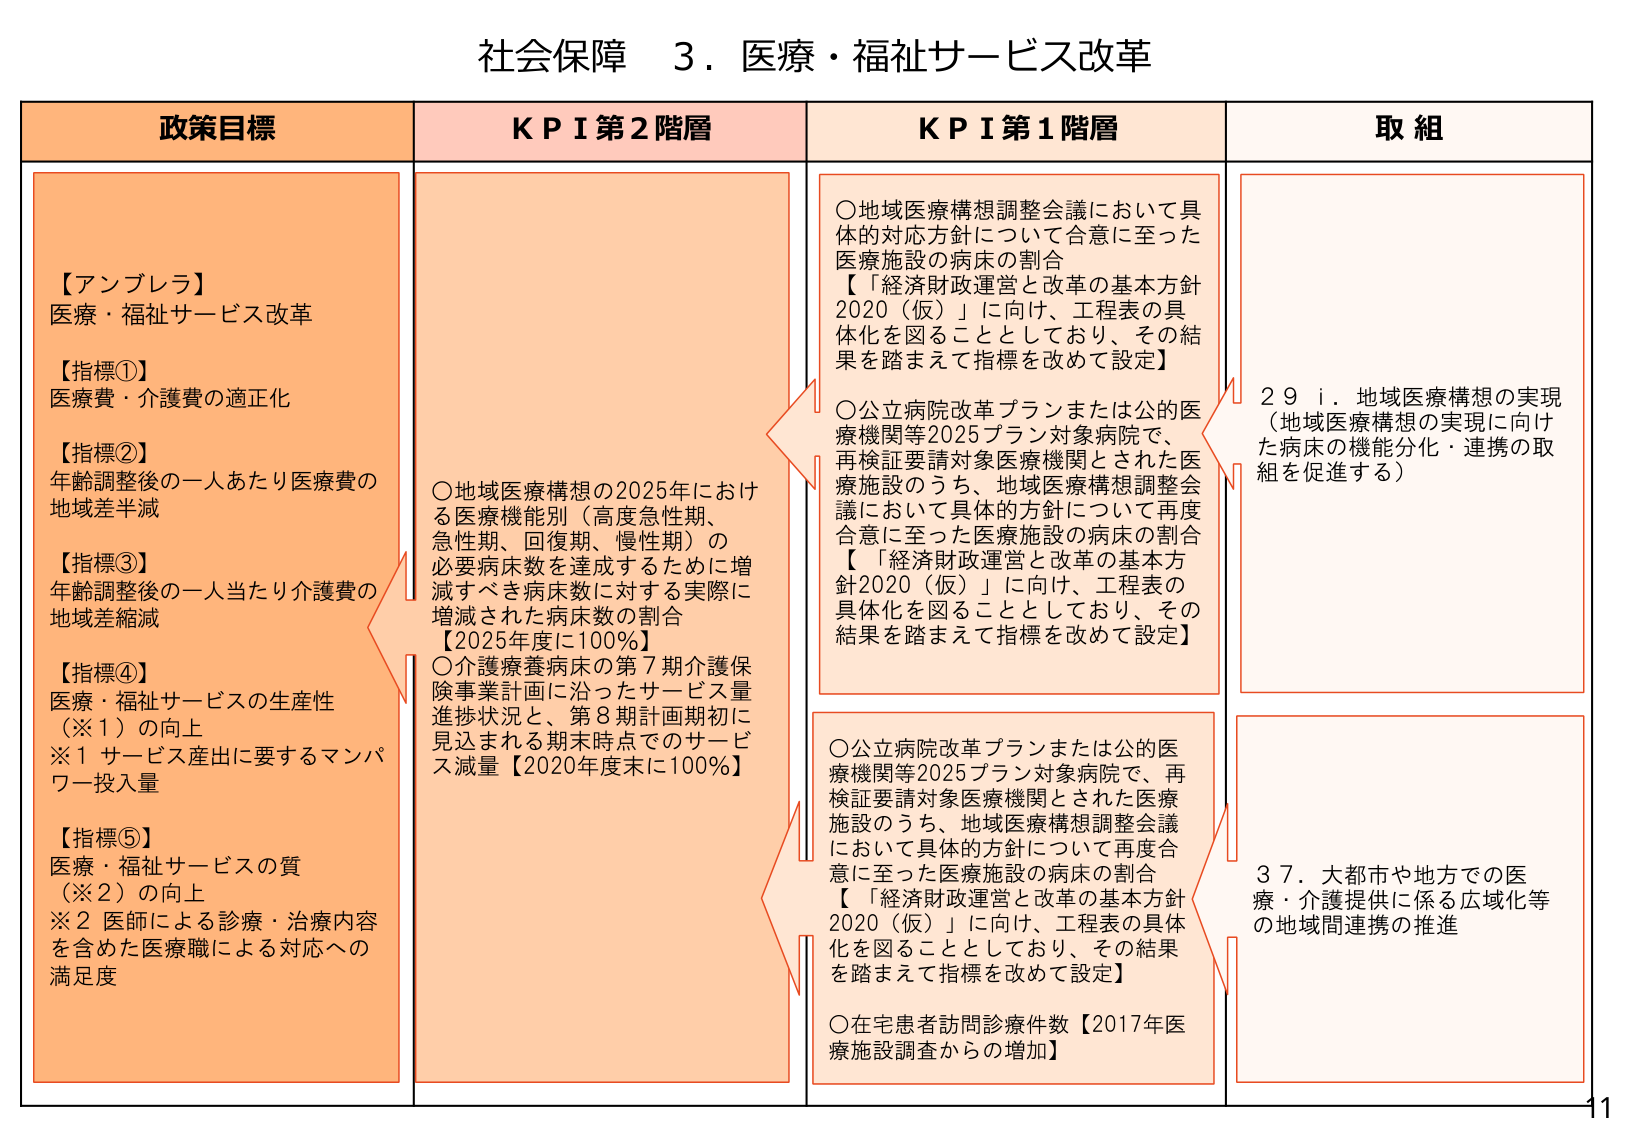
社会保障 3．医療・福祉サービス改革

政策目標
【アンブレラ】
医療・福祉サービス改革
【指標①】
医療費・介護費の適正化
【指標②】
年齢調整後の一人あたり医療費の
地域差半減
【指標③】
年齢調整後の一人当たり介護費の
地域差縮減
【指標④】
医療・福祉サービスの生産性
（※1）の向上
※1 サービス産出に要するマンパ
ワー投入量
【指標⑤】
医療・福祉サービスの質
（※2）の向上
※2 医師による診療・治療内容
を含めた医療職による対応への
満足度

KPI第2階層
○地域医療構想の2025年における
医療機能別（高度急性期、
急性期、回復期、慢性期）の
必要病床数を達成するために増
減すべき病床数に対する実際に
増減された病床数の割合
【2025年度で100％】
○介護療養病床の第7期介護保
険事業計画に沿ったサービス量
進捗状況と、第8期計画期初に
見込まれる期末時点でのサービ
ス減量【2020年度末で100％】

KPI第1階層
○地域医療構想調整会議において具
体的対応方針について合意に至った
医療施設の病床の割合
【「経済財政運営と改革の基本方針
2020（仮）」に向け、工程表の具
体化を図ることとしており、その結
果を踏まえて指標を改めて設定】
○公立病院改革プランまたは公的医
療機関等2025プラン対象病院で、
再検証要請対象医療機関とされた医
療施設のうち、地域医療構想調整会
議において具体的方針について再度合
意に至った医療施設の病床の割合
【「経済財政運営と改革の基本方針
2020（仮）」に向け、工程表の具体
化を図ることとしており、その結果
を踏まえて指標を改めて設定】
○公立病院改革プランまたは公的医
療機関等2025プラン対象病院で、再
検証要請対象医療機関とされた医療
施設のうち、地域医療構想調整会議
において具体的方針について再度合
意に至った医療施設の病床の割合
【「経済財政運営と改革の基本方針
2020（仮）」に向け、工程表の具体
化を図ることとしており、その結果
を踏まえて指標を改めて設定】
○在宅患者訪問診療件数【2017年医
療施設調査からの増加】

取組
29 i．地域医療構想の実現
（地域医療構想の実現に向け
た病床の機能分化・連携の取
組を促進する）
37．大都市や地方での医
療・介護提供に係る広域化等
の地域間連携の推進

11